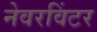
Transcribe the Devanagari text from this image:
नेवरविंटर